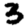
Digit: 3